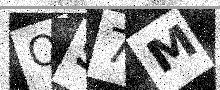
Text: QS7M